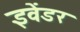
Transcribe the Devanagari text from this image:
इवेंडर